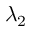
\lambda _ { 2 }